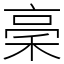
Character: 稁